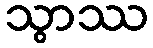
သွာဿ